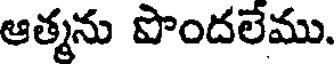
ఆత్మను పొందలేము.